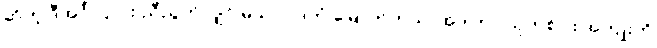
ဆိုတဲ့ ဒီအင်္ဂါ ၄-ပါး ညီညွတ်လျှင် မုသာဝါဒကံ မြောက်တယ်၊ အဲဒါဟာ သူတစ်ပါး အကျိုးကို